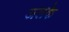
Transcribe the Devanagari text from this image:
अलके